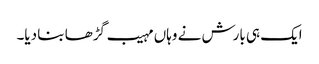
ایک ہی بارش نے وہاں مہیب گڑھا بنا دیا۔